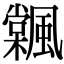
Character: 𩘽